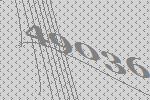
49036